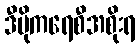
ဒီမိုကရေစီအစိုးရ